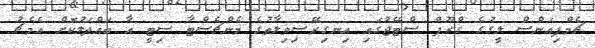
ޗެމްޕިއަންސް ލީގުގެ ގްރޫޕް ސްޓޭޖުގައި އިނގިރޭސިވިލާތުގެ މެންޗެސްޓާ ސިޓީ އާ ބައްދަލުކޮށް އެމެޗު